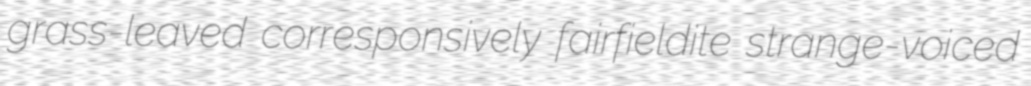
grass-leaved corresponsively fairfieldite strange-voiced